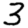
Digit: 3